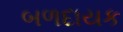
બળદાયક